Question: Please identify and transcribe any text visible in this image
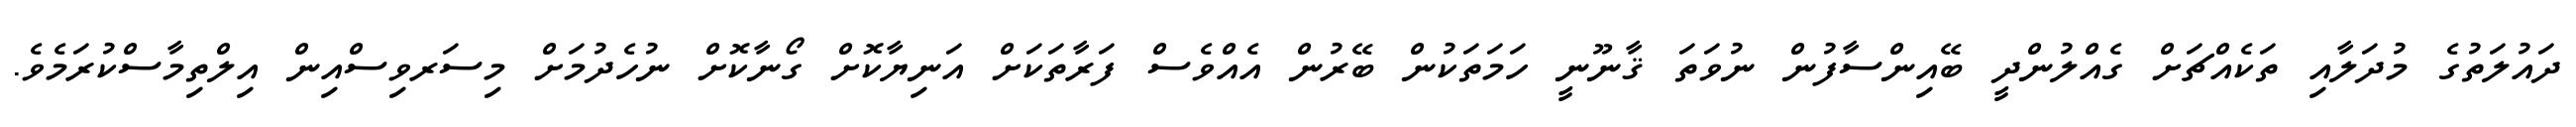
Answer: ދައުލަތުގެ މުދަލާއި ތަކެއްޗަށް ގެއްލުންދީ ބޭއިންސާފުން ނުވަތަ ޤާނޫނީ ހަމަތަކުން ބޭރުން އެއްވެސް ފަރާތަކަށް އަނިޔާކޮށް ގޯނާކޮށް ނުހެދުމަށް މިސަރވިސްއިން އިލްތިމާސްކުރަމެވެ.